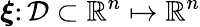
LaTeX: \boldsymbol{\xi}\colon\mathcal{D}\subset\mathbb{R}^{n}\mapsto\mathbb{R}^{n}